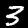
Label: 3